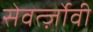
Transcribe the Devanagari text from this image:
सेवर्त्ज़ोवी